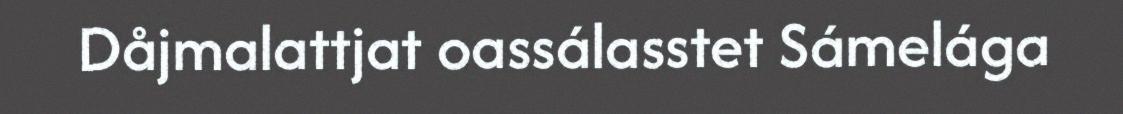
Dåjmalattjat oassálasstet Sámelága